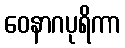
ဝေနာဂပုရိကာ